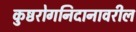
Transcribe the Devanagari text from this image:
कुष्ठरोगनिदानावरील